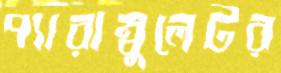
প্যারাম্বুলেটর